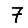
Digit: 7